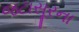
જટાસૂરના